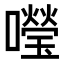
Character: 𡃅